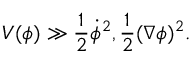
V ( \phi ) \gg \frac { 1 } { 2 } { \dot { \phi } } ^ { 2 } , \frac { 1 } { 2 } ( \nabla \phi ) ^ { 2 } .